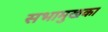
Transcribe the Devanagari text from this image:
सभामुखका